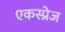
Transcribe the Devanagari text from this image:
एकस्प्रेज